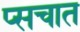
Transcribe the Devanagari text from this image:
प्सचात